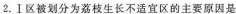
2.Ⅰ区被划分为荔枝生长不适宜区的主要原因是